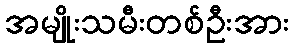
အမျိုးသမီးတစ်ဦးအား